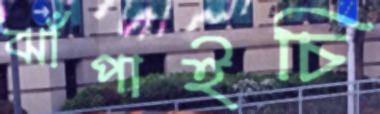
ঝাঁপাইচি